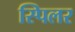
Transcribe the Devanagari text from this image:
स्पिलर